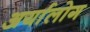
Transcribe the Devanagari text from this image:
अर्यालोग